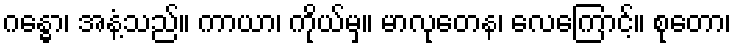
ဂန္ဓော၊ အနံ့သည်။ ကာယာ၊ ကိုယ်မှ။ မာလုတေန၊ လေကြောင့်။ စုတော၊